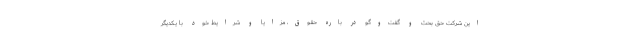
این شرکت حق بحث و گفت‌و‌گو در باره حقوق، مزایا و شرایط خود با یکدیگر